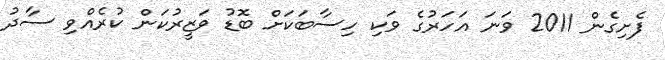
ފެށިގެން 2011 ވަނަ އަހަރުގެ ވަކި ހިސާބަކަށް ބޮޑު ވަޒީރުކަން ކުރެއްވި ސާދު